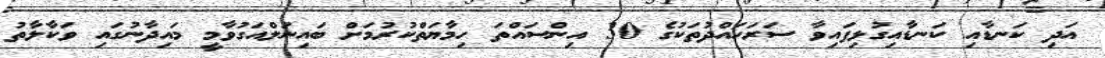
އަދި ކަނޑާއި ކަނޑާއިގުޅިފައިވާ ސަރަހައްދުތަކުގެ 30 އިންސައްތަ ހިމާޔަތްކުރުމަށް ބައިނަލްއަގުވާމީ މައިދާނުގައި ވަކާލާތު